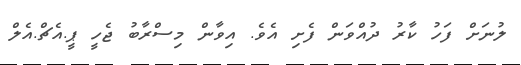
ލުނަށް ފަހު ކާރު ދުއްވަން ފެށި އެވެ. އިވާން މިސްރާބު ޖެހީ ޕީ.އެޗް.އެލް